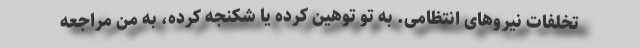
تخلفات نیروهای انتظامی. به تو توهین کرده یا شکنجه کرده، به من مراجعه